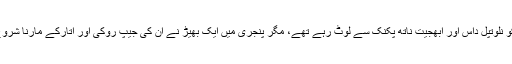
8 جون کو نلوتپل داس اور ابھجیت ناتھ پکنک سے لوٹ رہے تھے، مگر پنجری میں ایک بھیڑ نے ان کی جیپ روکی اور اتار‌کے مارنا شروع کر دیا۔